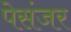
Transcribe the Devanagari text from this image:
पेसंजर